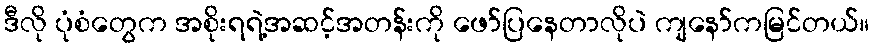
ဒီလို ပုံစံတွေက အစိုးရရဲ့အဆင့်အတန်းကို ဖော်ပြနေတာလိုပဲ ကျနော်ကမြင်တယ်။